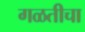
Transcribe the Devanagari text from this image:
गळतीचा